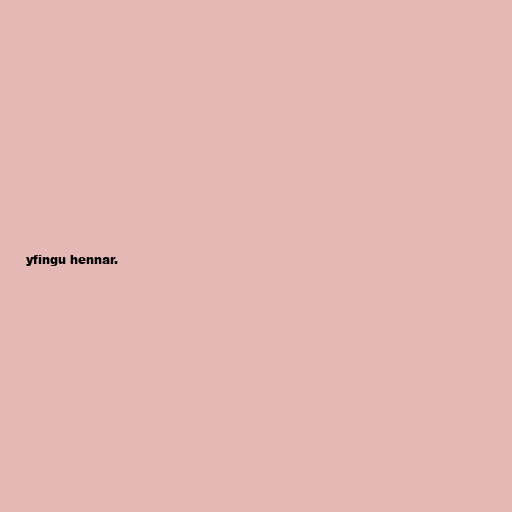
yfingu hennar.